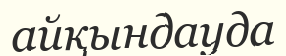
айқындауда